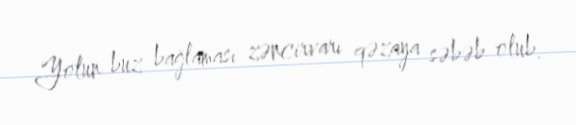
Yolun buz bağlaması zəncirvarı qəzaya səbəb olub.